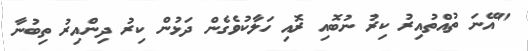
"އޭނަ ތުއްތުއިރު ކިރު ނުބޮއި ރޮއި ހަލާކުވެގެން ދަޅުން ކިރު ދިންއިރު ތިބުނާ